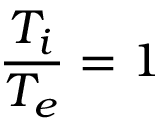
\frac { T _ { i } } { T _ { e } } = 1